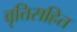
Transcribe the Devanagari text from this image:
वृत्तिसहित